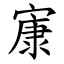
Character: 㝩